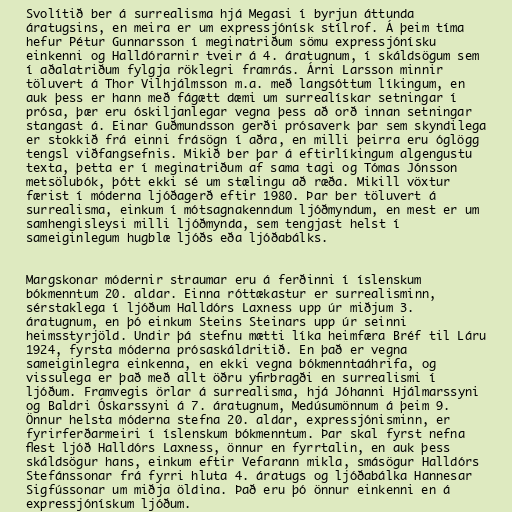
Svolítið ber á surrealisma hjá Megasi í byrjun áttunda
áratugsins, en meira er um expressjónísk stílrof. Á þeim tíma
hefur Pétur Gunnarsson í meginatriðum sömu expressjónísku
einkenni og Halldórarnir tveir á 4. áratugnum, í skáldsögum sem
í aðalatriðum fylgja röklegri framrás. Árni Larsson minnir
töluvert á Thor Vilhjálmsson m.a. með langsóttum líkingum, en
auk þess er hann með fágætt dæmi um surrealískar setningar í
prósa, þær eru óskiljanlegar vegna þess að orð innan setningar
stangast á. Einar Guðmundsson gerði prósaverk þar sem skyndilega
er stokkið frá einni frásögn í aðra, en milli þeirra eru óglögg
tengsl viðfangsefnis. Mikið ber þar á eftirlíkingum algengustu
texta, þetta er í meginatriðum af sama tagi og Tómas Jónsson
metsölubók, þótt ekki sé um stælingu að ræða. Mikill vöxtur
færist í móderna ljóðagerð eftir 1980. Þar ber töluvert á
surrealisma, einkum í mótsagnakenndum ljóðmyndum, en mest er um
samhengisleysi milli ljóðmynda, sem tengjast helst í
sameiginlegum hugblæ ljóðs eða ljóðabálks.

Margskonar módernir straumar eru á ferðinni í íslenskum
bókmenntum 20. aldar. Einna róttækastur er surrealisminn,
sérstaklega í ljóðum Halldórs Laxness upp úr miðjum 3.
áratugnum, en þó einkum Steins Steinars upp úr seinni
heimsstyrjöld. Undir þá stefnu mætti líka heimfæra Bréf til Láru
1924, fyrsta móderna prósaskáldritið. En það er vegna
sameiginlegra einkenna, en ekki vegna bókmenntaáhrifa, og
vissulega er það með allt öðru yfirbragði en surrealismi í
ljóðum. Framvegis örlar á surrealisma, hjá Jóhanni Hjálmarssyni
og Baldri Óskarssyni á 7. áratugnum, Medúsumönnum á þeim 9.
Önnur helsta móderna stefna 20. aldar, expressjónisminn, er
fyrirferðarmeiri í íslenskum bókmenntum. Þar skal fyrst nefna
flest ljóð Halldórs Laxness, önnur en fyrrtalin, en auk þess
skáldsögur hans, einkum eftir Vefarann mikla, smásögur Halldórs
Stefánssonar frá fyrri hluta 4. áratugs og ljóðabálka Hannesar
Sigfússonar um miðja öldina. Það eru þó önnur einkenni en á
expressjónískum ljóðum.